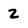
Character: z